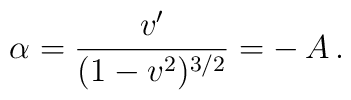
\alpha  = \frac{v'}{(1-v^{2})^{3/2}}= -\,A \,.